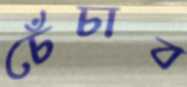
চেঁচাব